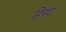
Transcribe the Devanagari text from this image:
हिरवं